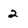
Character: 2